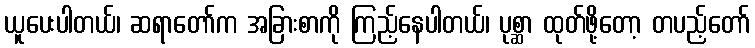
ယူပေးပါတယ်၊ ဆရာတော်က အခြားစာကို ကြည့်နေပါတယ်၊ ပုစ္ဆာ ထုတ်ဖို့တော့ တပည့်တော်